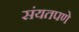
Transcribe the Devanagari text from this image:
संयतपणे